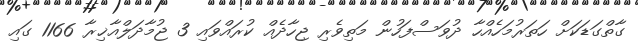
ގާތްގަޑަކަށް ހަތަރުމަހެއްހާ ދުވަސްފަހުން މަތިވެރި ޖިހާދެއް ކުރައްވައި 3 ޖުމާދަލްއާޚިރާ 1166 ގައި